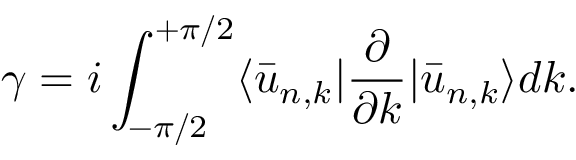
\gamma = i \int _ { - \pi / 2 } ^ { + \pi / 2 } \langle \bar { u } _ { n , k } | \frac { \partial } { \partial k } | \bar { u } _ { n , k } \rangle d k .